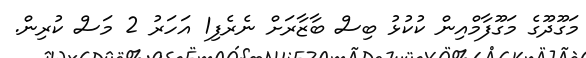
މަގޫދޫގެ މަގޫފާމްއިން ކުކުޅު ބިސް ބާޒާރަށް ނެރެފި1 އަހަރު 2 މަސް ކުރިން.